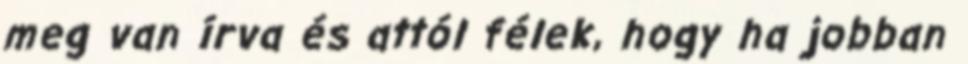
meg van írva és attól félek, hogy ha jobban